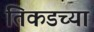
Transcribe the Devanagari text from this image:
तिकडच्या